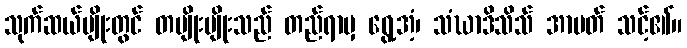
သုက်ဆယ်မျိုးတွင် တမျိုးမျိုးသည် တည်ရာမှ ရွေ့အံ့၊ သံဃာဒိသိသ် အာပတ် သင့်၏။